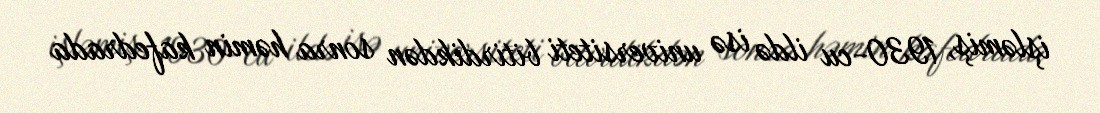
işləmiş, 1930-cu ildə isə universiteti bitirdikdən sonra həmin kafedrada